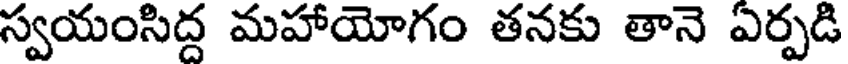
స్వయంసిద్ద మహాయోగం తనకు తానె ఏర్పడి